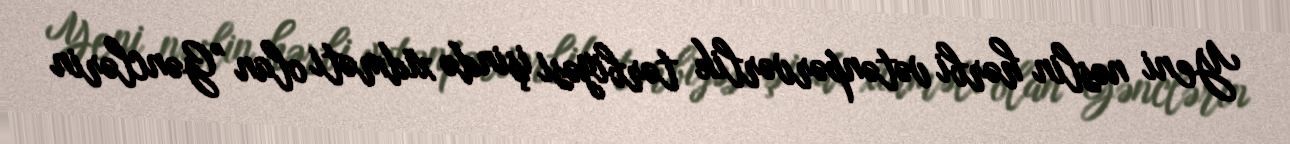
Yeni nəslin hərbi vətənpərvərlik tərbiyəsi işində xidməti olan "Gənclərin